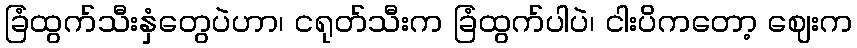
ခြံထွက်သီးနှံတွေပဲဟာ၊ ငရုတ်သီးက ခြံထွက်ပါပဲ၊ ငါးပိကတော့ ဈေးက